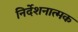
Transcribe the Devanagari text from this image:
निर्देशनात्मक